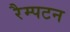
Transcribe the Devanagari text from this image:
रैम्पटन